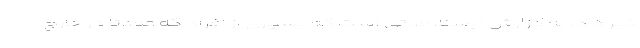
خبر داد. به گزارش ایسنا، مدتی است که بسیاری از افراد که عمدتا در خارج